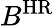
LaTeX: B^{\mathrm{HR}}